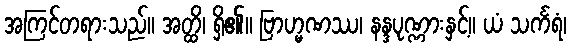
အကြင်တရားသည်။ အတ္ထိ၊ ရှိ၏။ ဗြာဟ္မဏဿ၊ နန္ဒပုဏ္ဏားနှင့်။ ယံ သင်္ကရံ၊